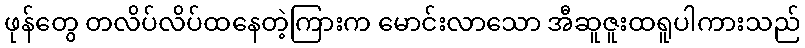
ဖုန်တွေ တလိပ်လိပ်ထနေတဲ့ကြားက မောင်းလာသော အီဆူဇူးထရူပါကားသည်